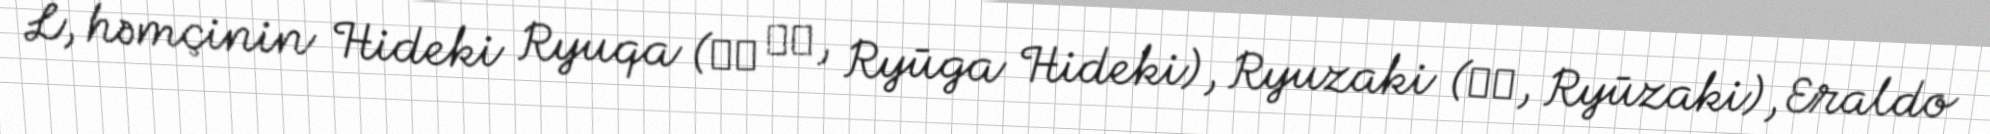
L, həmçinin Hideki Ryuqa (流河 旱樹, Ryūga Hideki), Ryuzaki (竜崎, Ryūzaki), Eraldo